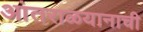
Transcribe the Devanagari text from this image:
आंतराळयानाची